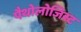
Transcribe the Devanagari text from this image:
पैथोलोजिस्ट